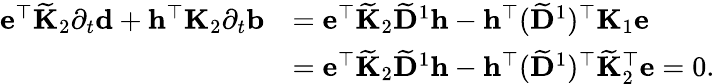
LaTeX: \begin{array}{rl}{\mathbf{e}^{\top}\widetilde{\mathbf{K}}_{2}\partial_{t}\mathbf{d}+\mathbf{h}^{\top}\mathbf{K}_{2}\partial_{t}\mathbf{b}}&{=\mathbf{e}^{\top}\widetilde{\mathbf{K}}_{2}\widetilde{\mathbf{D}}^{1}\mathbf{h}-{\mathbf{h}^{\top}(\widetilde{\mathbf{D}}^{1})^{\top}}\mathbf{K}_{1}\mathbf{e}}\\ &{=\mathbf{e}^{\top}\widetilde{\mathbf{K}}_{2}\widetilde{\mathbf{D}}^{1}\mathbf{h}-{\mathbf{h}^{\top}(\widetilde{\mathbf{D}}^{1})^{\top}\widetilde{\mathbf{K}}_{2}^{\top}}\mathbf{e}=0.}\end{array}